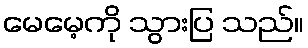
မေမေ့ကို သွားပြ သည်။